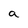
Character: a